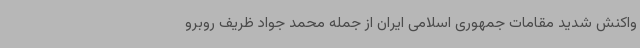
واکنش شدید مقامات جمهوری اسلامی ایران از جمله محمد جواد ظریف روبرو